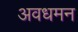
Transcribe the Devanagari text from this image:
अवधमन